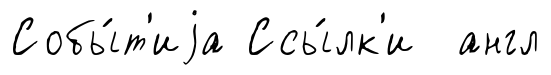
Собы́т'иjа Ссы́лк'и англ